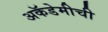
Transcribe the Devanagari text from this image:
अकॅडेमीची